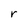
Character: r